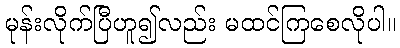
မုန်းလိုက်ပြီဟူ၍လည်း မထင်ကြစေလိုပါ။